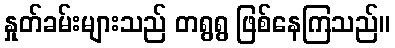
နှုတ်ခမ်းများသည် တရွရွ ဖြစ်နေကြသည်။